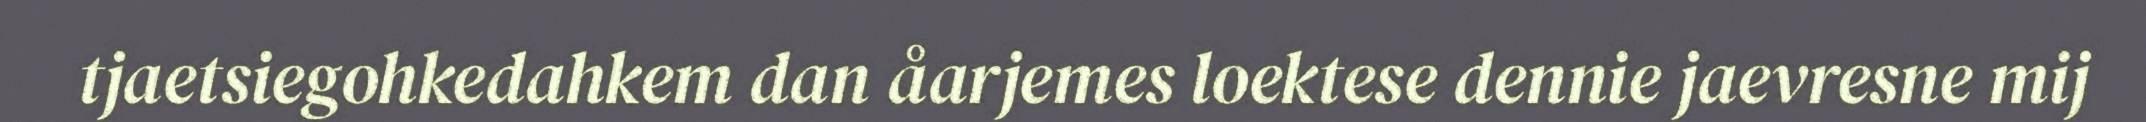
tjaetsiegohkedahkem dan åarjemes loektese dennie jaevresne mij